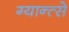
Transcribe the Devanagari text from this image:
ग्यान्त्से